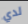
لدي